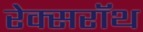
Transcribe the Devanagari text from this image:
रेक्सरॉथ